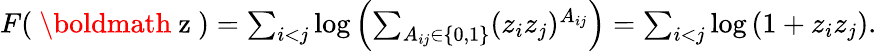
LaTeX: \begin{array}{r}{F(\mathrm{~\boldmath~z~})=\sum_{i<j}\log\left(\sum_{A_{ij}\in\{ 0,1\} }(z_{i}z_{j})^{A_{ij}}\right)=\sum_{i<j}\log\left(1+z_{i}z_{j}\right).}\end{array}